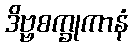
ဒိဗ္ဗစက္ခုကာနံ